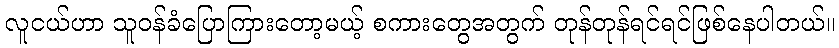
လူငယ်ဟာ သူဝန်ခံပြောကြားတော့မယ့် စကားတွေအတွက် တုန်တုန်ရင်ရင်ဖြစ်နေပါတယ်။